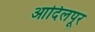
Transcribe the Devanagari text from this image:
आदिलपूर